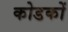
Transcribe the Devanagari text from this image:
कोडकों